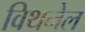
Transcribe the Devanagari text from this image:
विथनेल